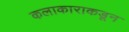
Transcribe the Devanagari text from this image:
कलाकाराकडून